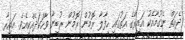
ދެއަތް ނެގުމާއެކު އައިރާގެ އަތުގައި ހިފާލާ ރޮމުން ރޮމުން ރުބީނާ ވާހަކަދެއްކިއެވެ. އައިރާ